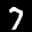
Label: 7